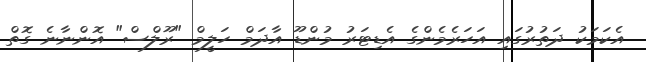
އެކަމަކު ދަތުރުގައި އަހަރެމެންގެ އެޑިޓަރު މުންޑޫ އާދަމް ހަލީމް "ރޫލްސް" އޮންނާނެ ގޮތް